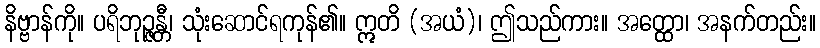
နိဗ္ဗာန်ကို။ ပရိဘုဉ္ဇန္တီ၊ သုံးဆောင်ရကုန်၏။ ဣတိ (အယံ)၊ ဤသည်ကား။ အတ္ထော၊ အနက်တည်း။